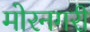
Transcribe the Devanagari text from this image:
मोरनगरी